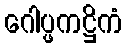
ဂေါပ္ဖကဋ္ဌိကံ